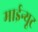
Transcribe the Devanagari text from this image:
माईन्यूट